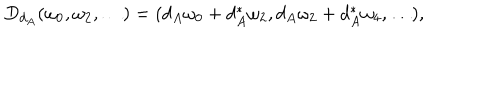
D _ { d _ { A } } ( \omega _ { 0 } , \omega _ { 2 } , \ldots ) = ( d _ { A } \omega _ { 0 } + d _ { A } ^ { * } \omega _ { 2 } , d _ { A } \omega _ { 2 } + d _ { A } ^ { * } \omega _ { 4 } , \ldots ) ,